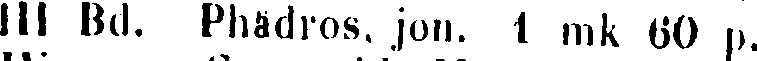
||| Bd. Phädros. jon. 1 mk 60 p.